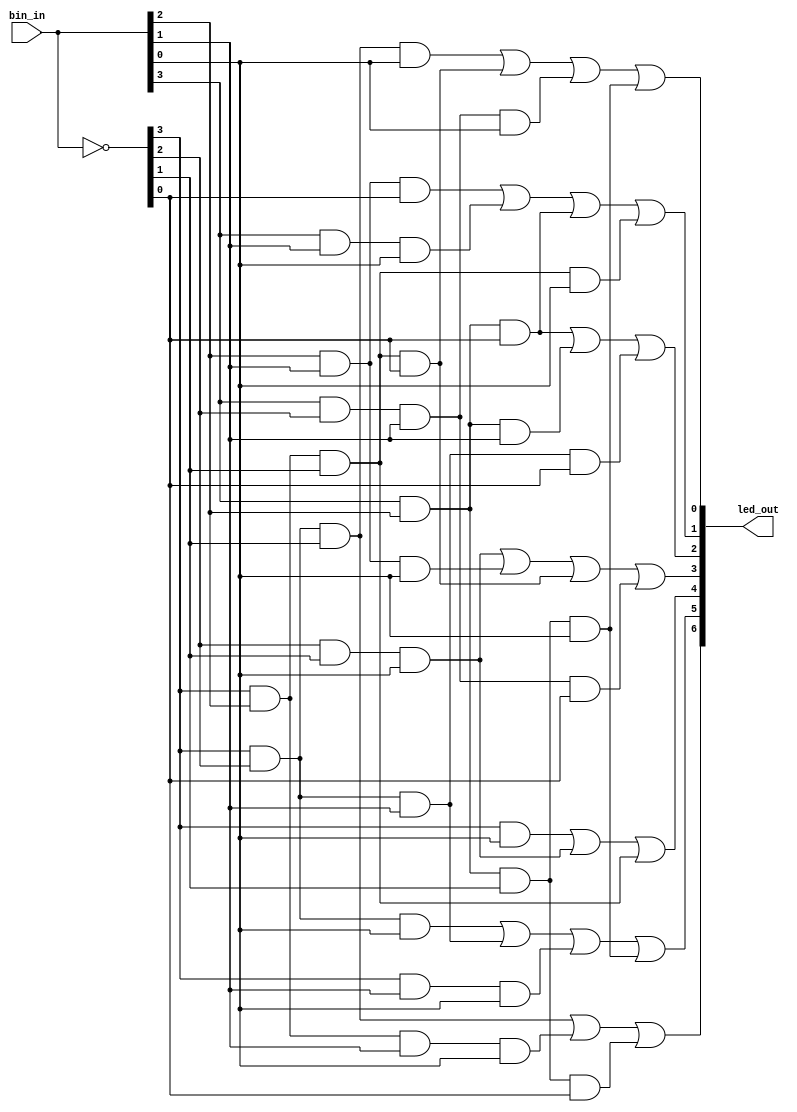
module seven_seg_decoder(led_out,bin_in);

    output [6:0] led_out;
    input [3:0] bin_in;
      
    wire [3:0] bin_in_inv;
    assign bin_in_inv = ~bin_in;
	  

    /* A => bin_in[3]
     * B => bin_in[2]
     * C => bin_in[1]
     * D => bin_in[0]
     */

     // note: tmp variables use implicit nets

     //led_out[6] = ABC + ABCD + ABCD
     assign led_out[6] = (bin_in_inv[3] & bin_in_inv[2] & bin_in_inv[1]) |
                         (bin_in_inv[3] & bin_in[2] & bin_in[1] & bin_in[0]) |
                         (bin_in[3] & bin_in[2] & bin_in_inv[1] & bin_in_inv[0]);

     //led_out[5] = ABD + ABC + ACD +ABCD
     assign led_out[5] = (bin_in_inv[3] & bin_in_inv[2] & bin_in[0]) | 
                         (bin_in_inv[3] & bin_in_inv[2] & bin_in[1]) | 
                         (bin_in_inv[3] & bin_in[1] & bin_in[0]) | 
                         (bin_in[3] & bin_in[2] & bin_in_inv[1] & bin_in[0]);

     //led_out[4] = AD + BCD + ABC
     assign led_out[4] = (bin_in_inv[3] & bin_in[0]) |
                         (bin_in_inv[2] & bin_in_inv[1] & bin_in[0]) |
                         (bin_in_inv[3] & bin_in[2] & bin_in_inv[1]);

     //led_out[3] = BCD + BCD + ABCD + ABCD
     assign led_out[3] = (bin_in_inv[2] & bin_in_inv[1] & bin_in[0]) | 
                         (bin_in[2] & bin_in[1] & bin_in[0]) | 
                         (bin_in_inv[3] & bin_in[2] & bin_in_inv[1] & bin_in_inv[0]) | 
                         (bin_in[3] & bin_in_inv[2] & bin_in[1] & bin_in_inv[0]);

     //led_out[2] = ABD + ABC + ABCD
     assign led_out[2] = (bin_in[3] & bin_in[2] & bin_in_inv[0]) | 
                         (bin_in[3] & bin_in[2] & bin_in[1]) | 
                         (bin_in_inv[3] & bin_in_inv[2] & bin_in[1] & bin_in_inv[0]);

     //led_out[1] = BCD + ACD + ABD + ABCD
     assign led_out[1] = (bin_in[2] & bin_in[1] & bin_in_inv[0]) | 
                         (bin_in[3] & bin_in[1] & bin_in[0]) | 
                         (bin_in[3] & bin_in[2] & bin_in_inv[0]) | 
                         (bin_in_inv[3] & bin_in[2] & bin_in_inv[1] & bin_in[0]);

     //led_out[0] = ABCD + ABCD + ABCD + ABCD
     assign led_out[0] = (bin_in_inv[3] & bin_in_inv[2] & bin_in_inv[1] & bin_in[0]) | 
                         (bin_in_inv[3] & bin_in[2] & bin_in_inv[1] & bin_in_inv[0]) | 
                         (bin_in[3] & bin_in_inv[2] & bin_in[1] & bin_in[0]) | 
                         (bin_in[3] & bin_in[2] & bin_in_inv[1] & bin_in[0]);
endmodule